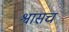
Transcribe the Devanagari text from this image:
श्वासच